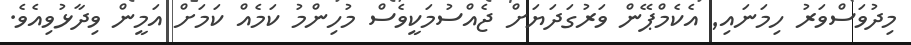
މިދުވަސްވަރު ހިމަނައި